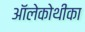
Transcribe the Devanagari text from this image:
ऑलेकोथीका